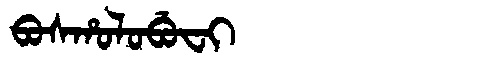
Manchu: ᠪᠣᠰᡥᠣᠯᠣᠪᡠᠸᡳ
Romanization: BOSHOLOBUFI